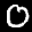
Label: 0